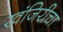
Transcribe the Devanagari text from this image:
खंजिरीचा